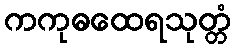
ကကုဓထေရသုတ္တံ